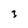
Character: 3